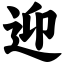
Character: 迎